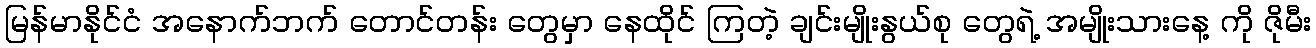
မြန်မာနိုင်ငံ အနောက်ဘက် တောင်တန်း တွေမှာ နေထိုင် ကြတဲ့ ချင်းမျိုးနွယ်စု တွေရဲ့ အမျိုးသားနေ့ ကို ဇိုမီး